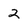
Character: 2